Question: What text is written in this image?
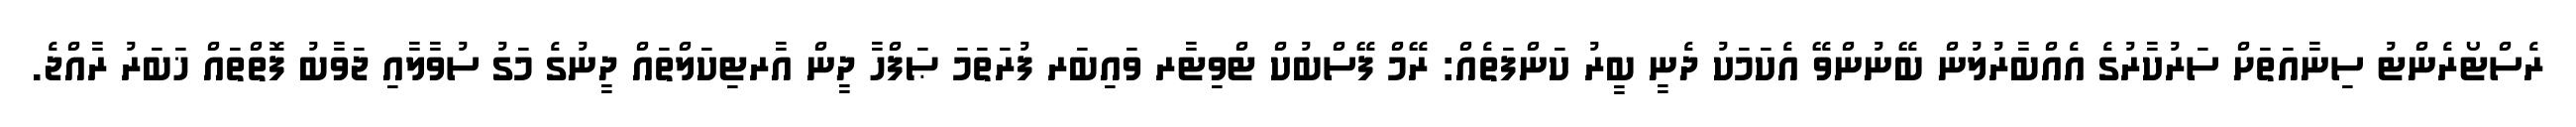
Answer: ރެސްޓޯރެންޓު ސިނާއަތަށް ސަރުކާރުގެ އެއްބާރުލުން ބޭނުންވޭ އެކަމަކު ދެނީ ބީރު ކަންފަތެއް: ރޭމް ފޭސްބުކް ޓްވިޓާރ ވައިބަރ ފުރަތަމަ ޞަފްހާ ދީން އާރޓިކަލްތައް ދީނުގެ މަގު ސުވާލާއި ޖަވާބު ފޮތްތައް ޚަބަރު ރާއްޖެ.